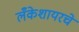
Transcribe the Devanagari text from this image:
लँकेशायरचे